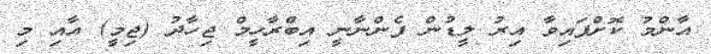
އާންމު ކޮށްފައިވާ އިރު ލީޑުން ފެންނާނީ އިބްރާހީމް ޖިހާދު (ޖިމީ) އާއި މި